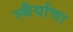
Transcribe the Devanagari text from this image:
स्थैर्याचा